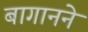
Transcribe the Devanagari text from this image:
बागानने